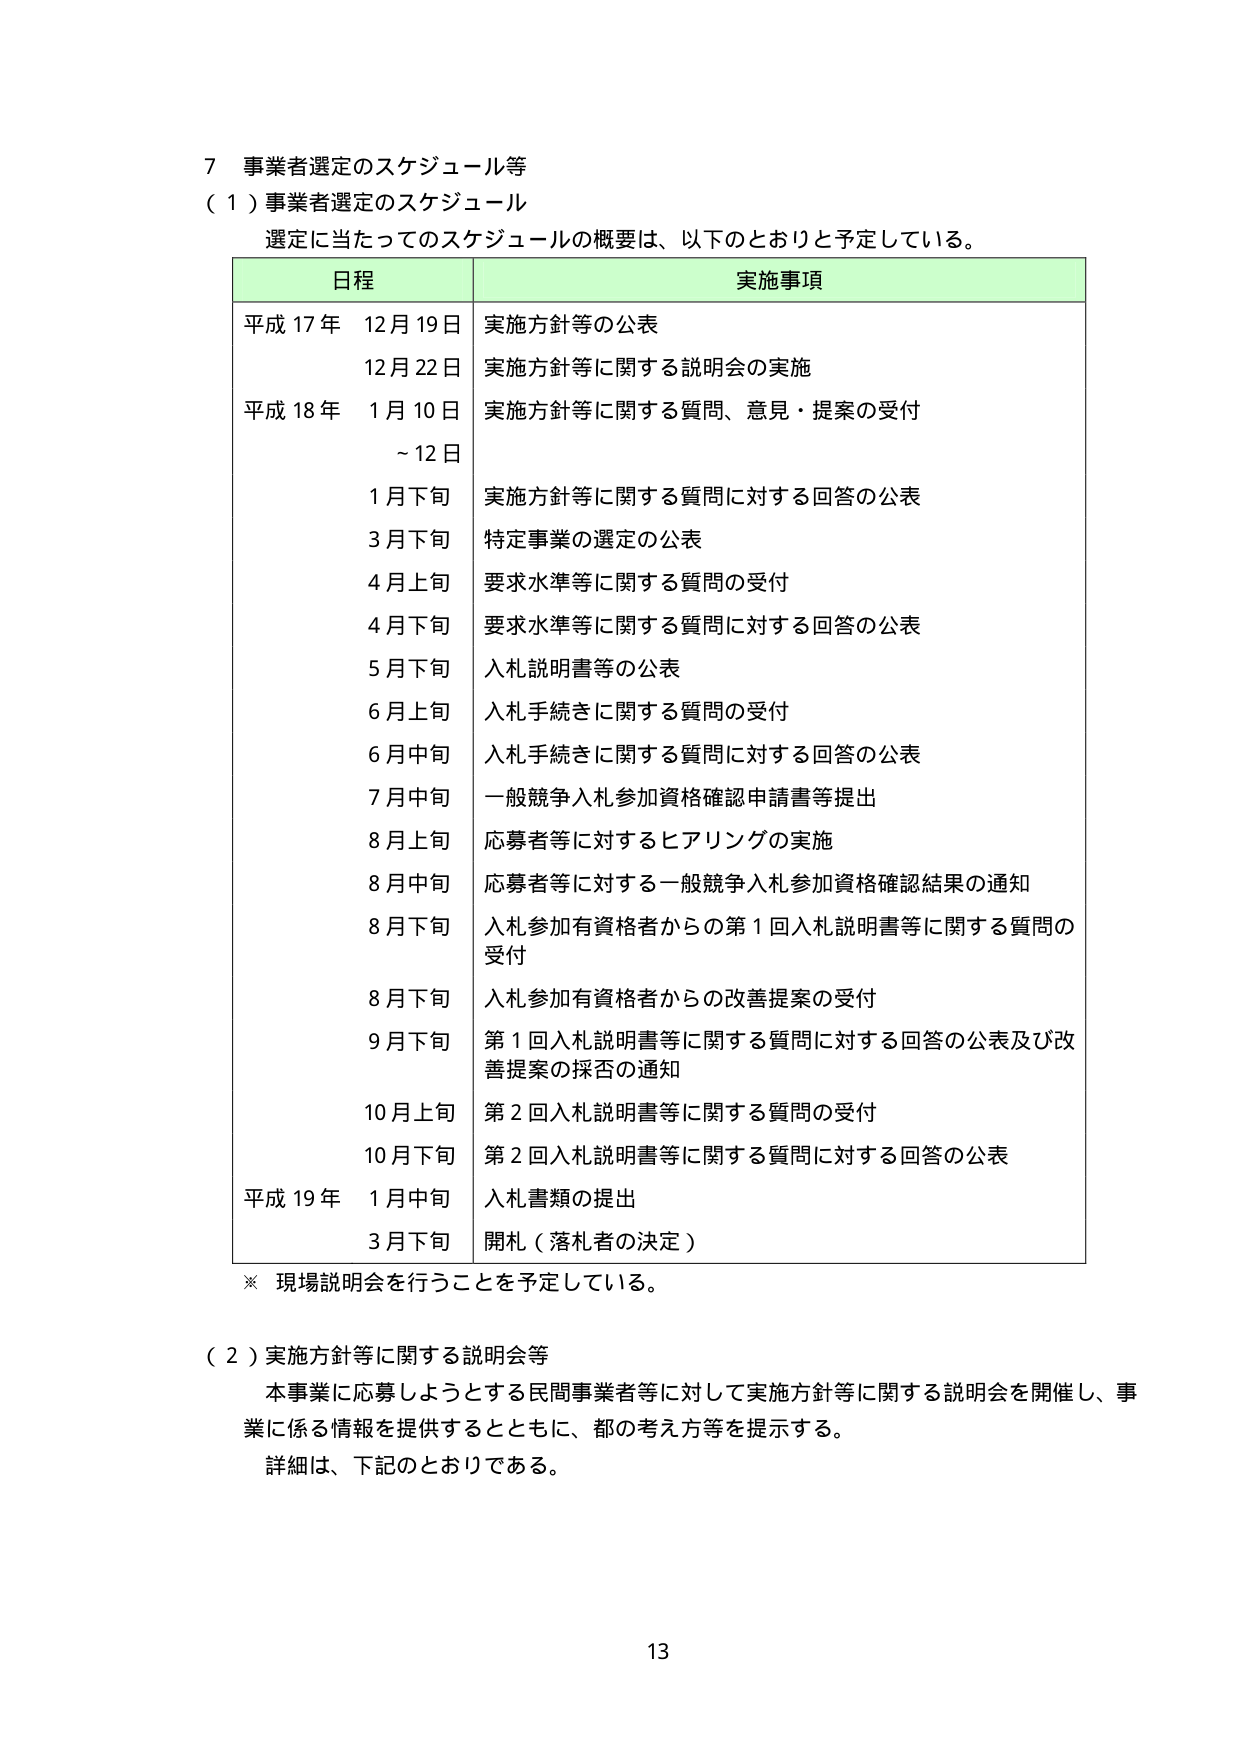
7 事業者選定のスケジュール等
（1）事業者選定のスケジュール
選定に当たってのスケジュールの概要は、以下のとおりと予定している。

日程 実施事項
平成17年 12月19日 実施方針等の公表
　　　　12月22日 実施方針等に関する説明会の実施
平成18年 1月10日 実施方針等に関する質問、意見・提案の受付
　　　　～12日
　　　　1月下旬 実施方針等に関する質問に対する回答の公表
　　　　3月下旬 特定事業の選定の公表
　　　　4月上旬 要求水準等に関する質問の受付
　　　　4月下旬 要求水準等に関する質問に対する回答の公表
　　　　5月下旬 入札説明書等の公表
　　　　6月上旬 入札手続きに関する質問の受付
　　　　6月中旬 入札手続きに関する質問に対する回答の公表
　　　　7月中旬 一般競争入札参加資格確認申請書等提出
　　　　8月上旬 応募者等に対するヒアリングの実施
　　　　8月中旬 応募者等に対する一般競争入札参加資格確認結果の通知
　　　　8月下旬 入札参加有資格者からの第1回入札説明書等に関する質問の受付
　　　　8月下旬 入札参加有資格者からの改善提案の受付
　　　　9月下旬 第1回入札説明書等に関する質問に対する回答の公表及び改善提案の採否の通知
　　　　10月上旬 第2回入札説明書等に関する質問の受付
　　　　10月下旬 第2回入札説明書等に関する質問に対する回答の公表
平成19年 1月中旬 入札書類の提出
　　　　3月下旬 開札（落札者の決定）

※ 現場説明会を行うことを予定している。

（2）実施方針等に関する説明会等
本事業に応募しようとする民間事業者等に対して実施方針等に関する説明会を開催し、事業に係る情報を提供するとともに、都の考え方等を提示する。
詳細は、下記のとおりである。

13